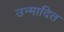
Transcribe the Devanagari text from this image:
उन्मादित